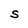
Character: S